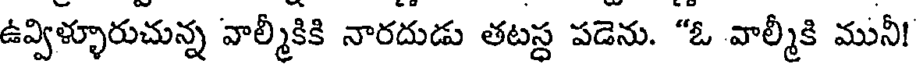
ఉవ్విళ్ళూరుచున్న వాల్మీకికి నారదుడు తటస్ట పడెను. "ఓ వాల్మీకి మునీ!